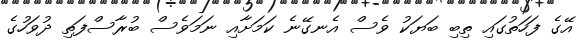
އޭގެ ފަހަތުގައި ތިބި ބަޔަކު ވެސް އެނގޭނެ ކަމަށާއި ނަމަވެސް ބުރާސްފަތި ދުވަހުގެ